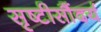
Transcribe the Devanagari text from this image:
सृष्टीसौंदर्य